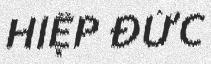
HIỆP ĐỨC